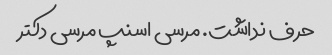
حرف نداشت. مرسی اسنپ مرسی دکتر